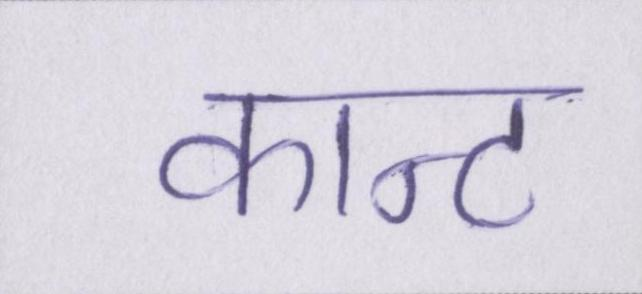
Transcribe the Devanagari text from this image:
कान्ट